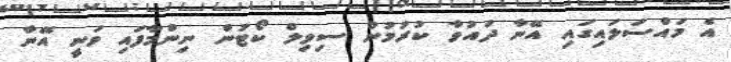
އެ މައްސަލައިގައި އޭނާ ދައުވާ ކުރުމުން ސިވިލް ކޯޓުން ނިންމާފައި ވަނީ އޭނާ